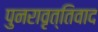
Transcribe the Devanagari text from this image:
पुनरावृत्‍तिवाद